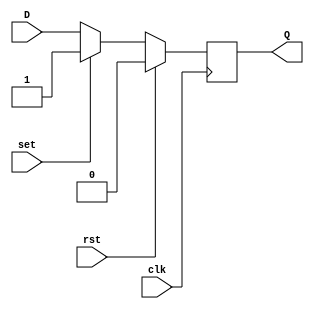
module dff (
    input wire D,
    input wire clk,
    input wire rst,
    input wire set,
    output reg Q
);

always @ (posedge clk) begin
    if (rst) begin
        Q <= 0;
    end else if (set) begin
        Q <= 1;
    end else begin
        Q <= D;
    end
end

endmodule